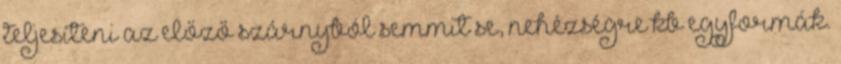
teljesíteni az előző szárnyból semmit se, nehézségre kb egyformák.